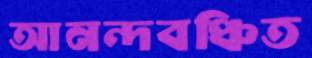
আনন্দবঞ্চিত